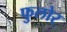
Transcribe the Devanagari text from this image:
फुलोर